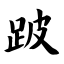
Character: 跛